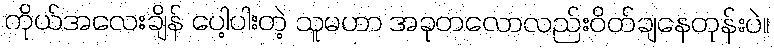
ကိုယ်အလေးချိန် ပေါ့ပါးတဲ့ သူမဟာ အခုတလောလည်းဝိတ်ချနေတုန်းပဲ။